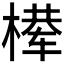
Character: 𰘈